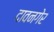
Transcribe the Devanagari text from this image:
दावनगेर